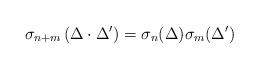
LaTeX: \begin{align*}\sigma_{n+m}\left(\Delta\cdot \Delta'\right) = \sigma_n(\Delta)\sigma_m(\Delta')\end{align*}